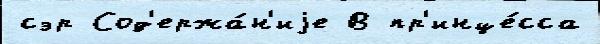
сэр Сод'ержа́н'иjе В пр'инце́сса